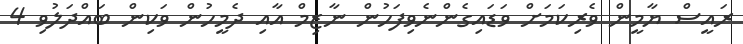
ރައީސް ޔާމީން ވެރިކަމަށް ވަޑައިގެންނެވިފަހުން ނާޒިމް އާއި ދެމީހުން ވަކިން ބައްދަލުވި 4